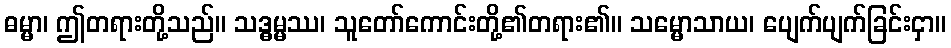
ဓမ္မာ၊ ဤတရားတို့သည်။ သဒ္ဓမ္မဿ၊ သူတော်ကောင်းတို့၏တရား၏။ သမ္မောသာယ၊ ပျေက်ပျက်ခြင်းငှာ။